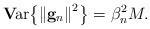
LaTeX: \begin{align*}{{\bf{V}}\!{\rm{ar}}}{\left\{ {{{\left\| {\bf{g}}_n \right\|}^2}} \right\}} = \beta _n^2M.\end{align*}